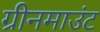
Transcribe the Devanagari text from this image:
ग्रीनमाउंट